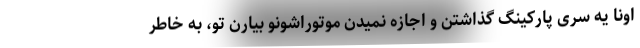
اونا یه سری پارکینگ گذاشتن و اجازه نمیدن موتوراشونو بیارن تو، به خاطر